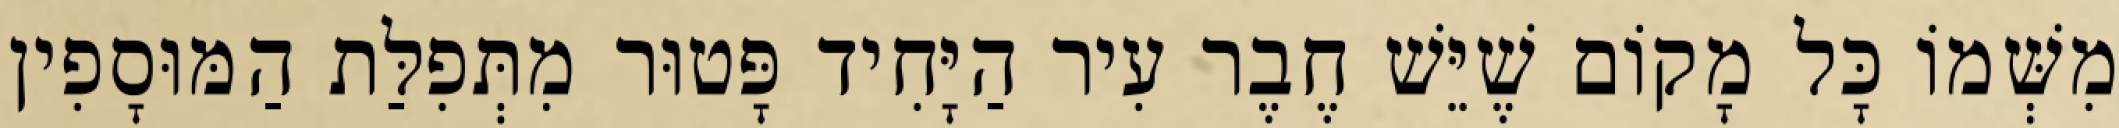
מִשְּׁמוֹ כָּל מָקוֹם שֶׁיֵּשׁ חֶבֶר עִיר הַיָּחִיד פָּטוּר מִתְּפִלַּת הַמּוּסָפִין